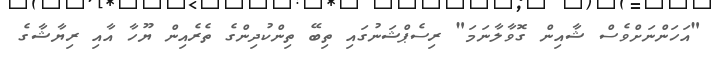
"އަހަންނަށްވެސް ޝާއިން ގޮވާލާނަމަ" ރިސެޕްޝަނުގައި ތިބޭ ތިންކުދިންގެ ތެރެއިން ޔޫހާ އާއި ރިޔާޝާގެ